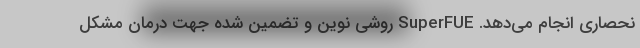
نحصاری انجام می‌دهد. SuperFUE روشی نوین و تضمین شده جهت درمان مشکل